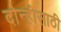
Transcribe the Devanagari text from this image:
दोन्हीसाठी